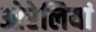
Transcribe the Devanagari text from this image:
ओरेलियां